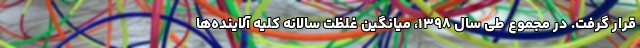
قرار گرفت. در مجموع طی سال ۱۳۹۸، میانگین غلظت سالانه کلیه آلاینده‌ها